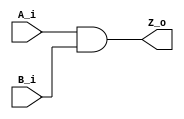
`timescale 1ns / 1ps
//////////////////////////////////////////////////////////////////////////////////
// Company: 
// Engineer: 
// 
// Design Name: 
// Module Name: AND
// Project Name: 
// Target Devices: 
// Tool Versions: 
// Description: 
// 
// Dependencies: 
// 
// Revision:
// Revision 0.01 - File Created
// Additional Comments:
// 
//////////////////////////////////////////////////////////////////////////////////


module AND(
    input wire A_i,
    input wire B_i,
    output wire Z_o
    );
    
    assign Z_o = A_i & B_i;
endmodule